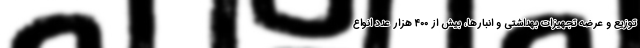
توزیع و عرضه تجهیزات بهداشتی و انبارها، بیش از ۴۰۰ هزار عدد انواع